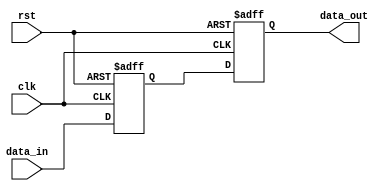
module reset_condition (
    input wire clk,          // Clock signal
    input wire rst,          // Reset signal (active high)
    input wire [7:0] data_in, // Example input data
    output reg [7:0] data_out // Example output data
);

// Internal state variable
reg [7:0] internal_reg;

// Synchronous reset
always @(posedge clk or posedge rst) begin
    if (rst) begin
        // Reset condition: initialize internal state and outputs
        internal_reg <= 8'b0; // Set internal register to zero
        data_out <= 8'b0;      // Set output to zero
    end else begin
        // Normal operation: process input data
        internal_reg <= data_in; // Example operation
        data_out <= internal_reg; // Example output assignment
    end
end

endmodule